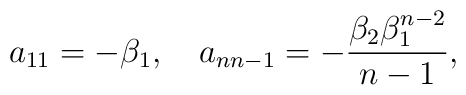
a_{11}=-\beta_1,\quad a_{nn-1}=-\frac{\beta_2\beta_1^{n-2}}{n-1},